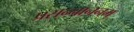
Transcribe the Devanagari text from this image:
प्रसन्नाननम्